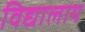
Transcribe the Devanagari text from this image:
विद्यालाय